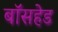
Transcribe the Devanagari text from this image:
बॉसहेड